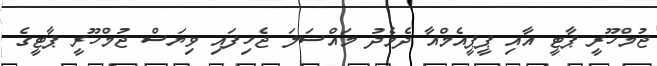
ޖުމްހޫރީ ޕާޓީ އާއި ޕީޕީއެމްއާ ދެމެދު މައްސަލަ ޖެހިފައި ވިޔަސް ޖުމްހޫރީ ޕާޓީގެ